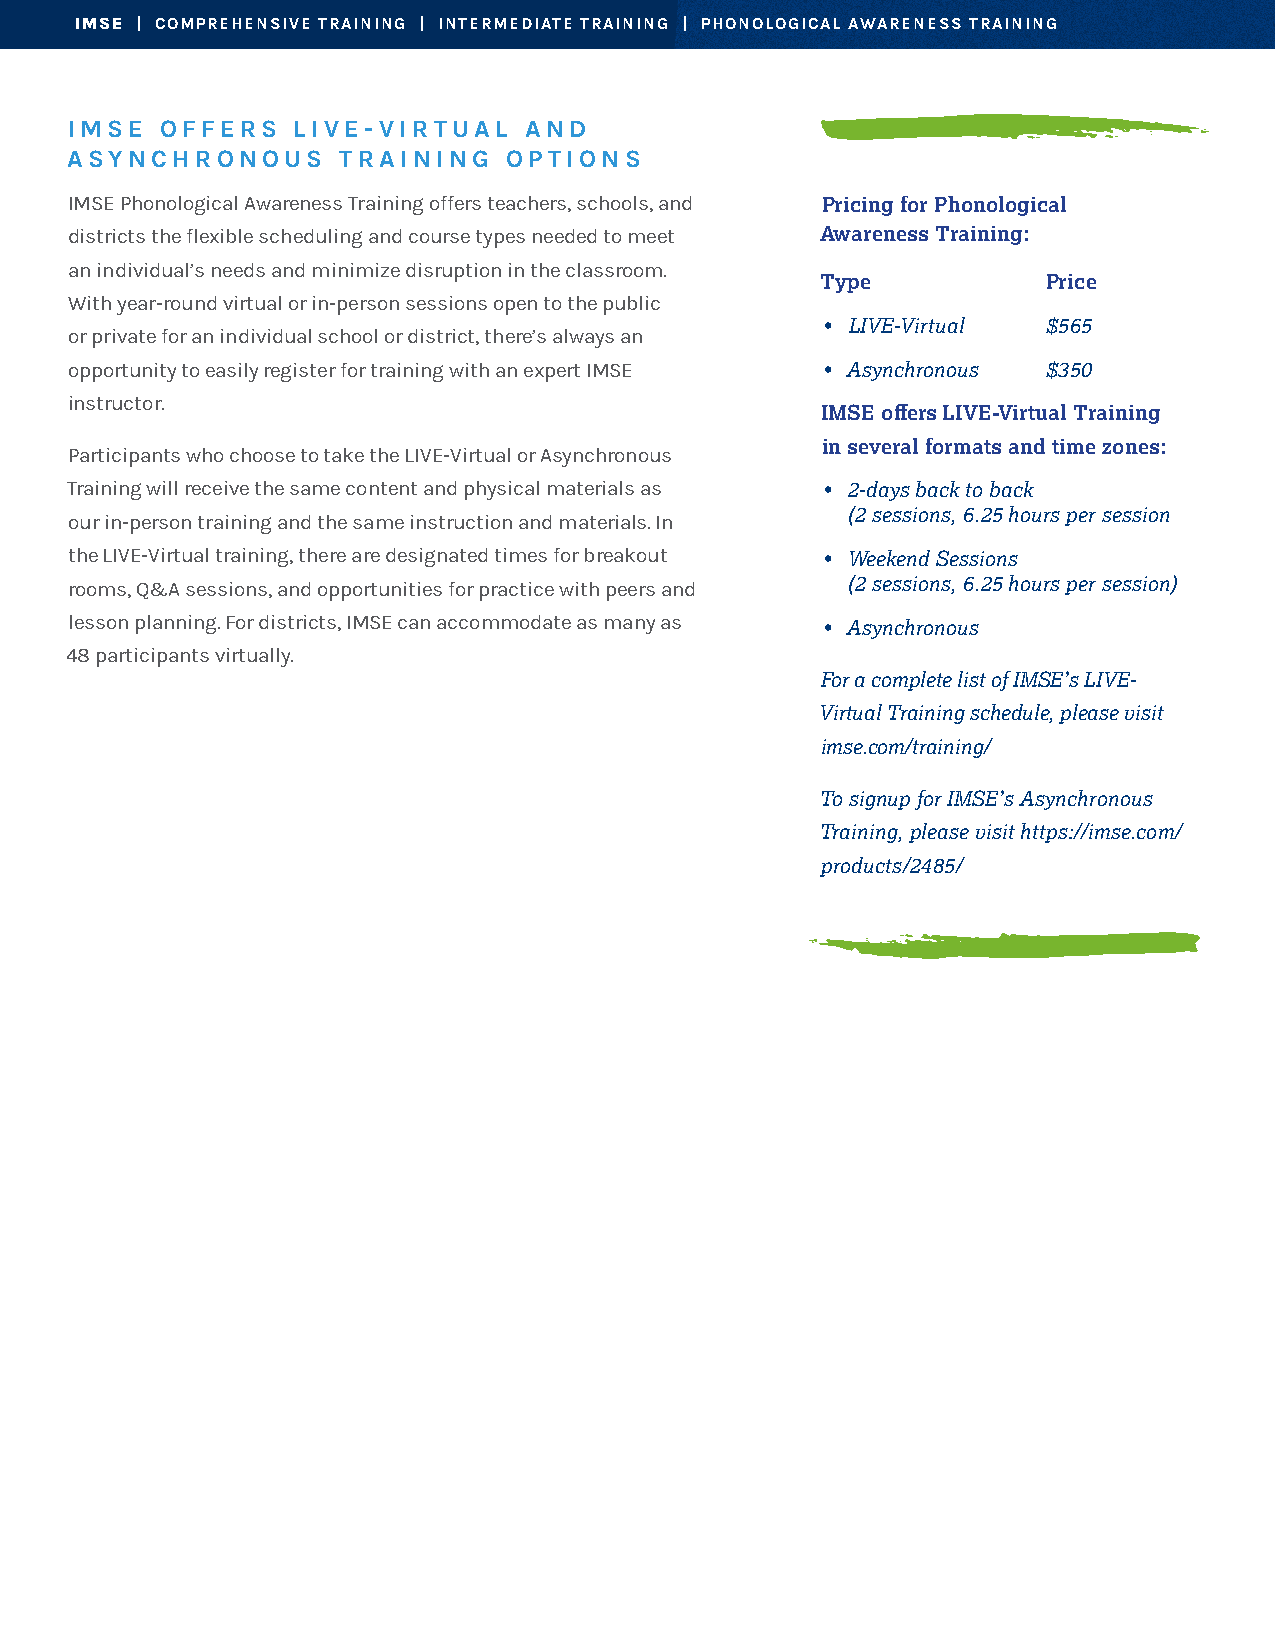
IMSE | COMPREHENSIVE TRAINING | INTERMEDIATE TRAINING | PHONOLOGICAL AWARENESS TRAINING
 IMSE   OFFERS  LIVE-VIRTUAL    AND
 ASYNCHRONOUS      TRAINING   OPTIONS
 IMSE Phonological Awareness Training offers teachers, schools, and Pricing for Phonological
 districts the flexible scheduling and course types needed to meet Awareness Training:
 an individual’s needs and minimize disruption in the classroom.
 Type           Price
 With year-round virtual or in-person sessions open to the public
 • LIVE-Virtual $565
 or private for an individual school or district, there’s always an
 opportunity to easily register for training with an expert IMSE • Asynchronous $350
 instructor.
 IMSE offers LIVE-Virtual Training
 in several formats and time zones:
 Participants who choose to take the LIVE-Virtual or Asynchronous
 Training will receive the same content and physical materials as • 2-days back to back
 (2 sessions, 6.25 hours per session
 our in-person training and the same instruction and materials. In
 the LIVE-Virtual training, there are designated times for breakout • Weekend Sessions
 rooms, Q&A sessions, and opportunities for practice with peers and (2 sessions, 6.25 hours per session)
 lesson planning. For districts, IMSE can accommodate as many as • Asynchronous
 48 participants virtually.
 For a complete list of IMSE’s LIVE-
 Virtual Training schedule, please visit
 imse.com/training/
 To signup for IMSE’s Asynchronous
 Training, please visit https://imse.com/
 products/2485/